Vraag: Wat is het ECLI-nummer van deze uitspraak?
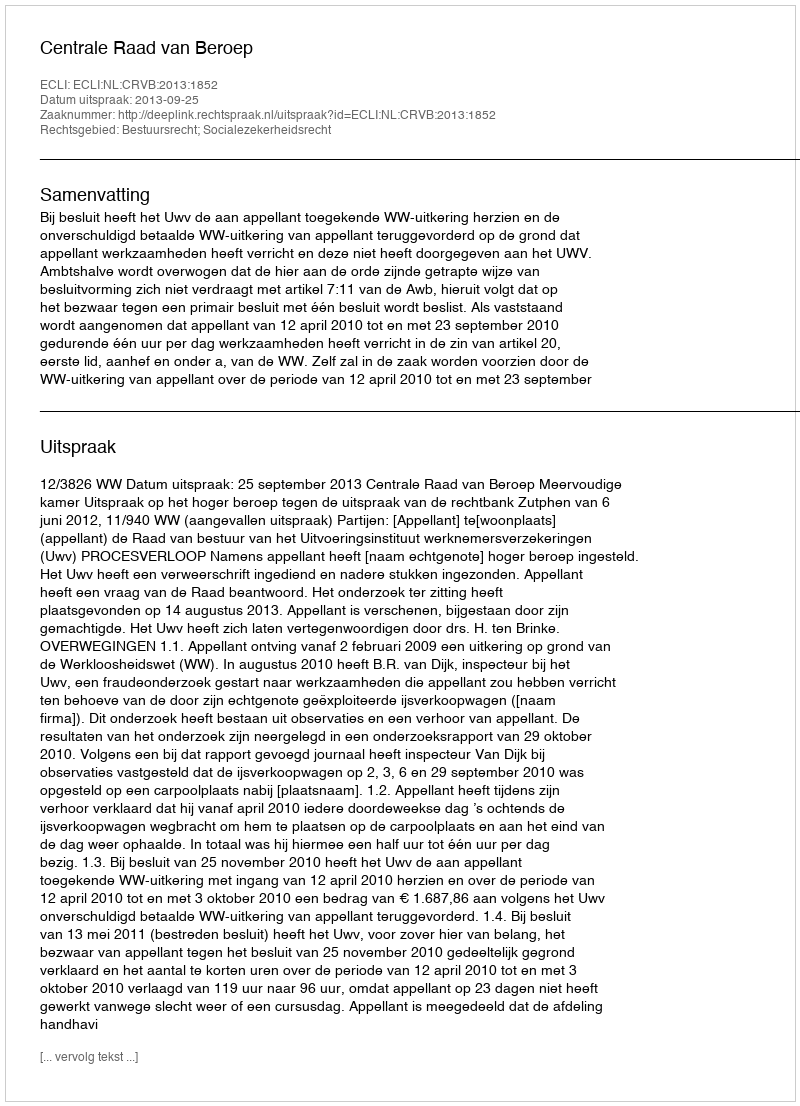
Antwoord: ECLI:NL:CRVB:2013:1852